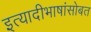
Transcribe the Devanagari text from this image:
इत्यादीभाषांसोबत